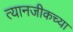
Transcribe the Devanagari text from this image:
त्यानजीकच्या